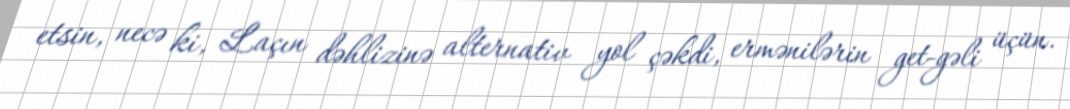
etsin, necə ki, Laçın dəhlizinə alternativ yol çəkdi, ermənilərin get-gəli üçün.